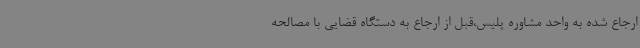
ارجاع شده به واحد مشاوره پلیس،قبل از ارجاع به دستگاه قضایی با مصالحه